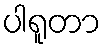
ပါရူတာ